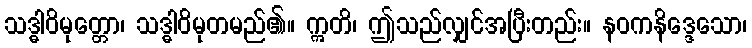
သဒ္ဓါဝိမုတ္တော၊ သဒ္ဓါဝိမုတမည်၏။ ဣတိ၊ ဤသည်လျှင်အပြီးတည်း။ နဝကနိဒ္ဒေသော၊